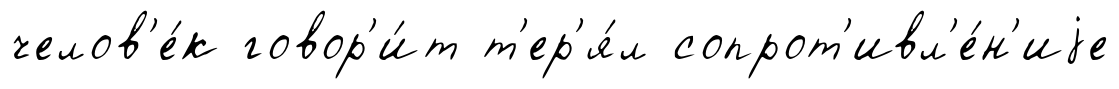
челов'е́к говор'и́т т'ер'я́л сопрот'ивл'е́н'иjе